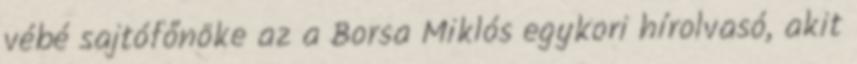
vébé sajtófőnöke az a Borsa Miklós egykori hírolvasó, akit